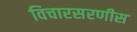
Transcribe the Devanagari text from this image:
विचारसरणीस